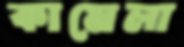
কামেলা